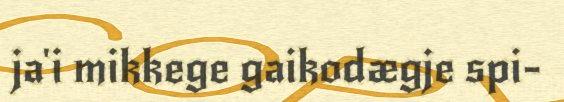
ja'i mikkege gaikodægje spi-